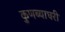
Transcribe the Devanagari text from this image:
कुणब्याघरी